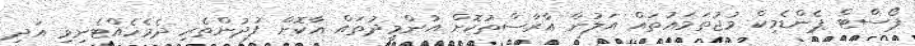
ޕޯސްޓް ޕެންޑެމިކް މުޖުތަމަޢުތައް އަލުން އާރާސްތުކޮށް އުންމީދުތައް އާކޮށް ފުދުންތެރި ދެމެހެއްޓެނިވި އަދި